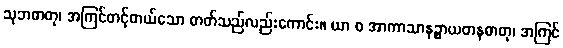
သုဘဓာတု၊ အကြင်တင့်တယ်သော ဓာတ်သည်လည်းကောင်း။ ယာ စ အာကာသာနဉ္စာယတနဓာတု၊ အကြင်